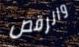
والرقص